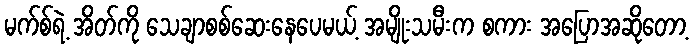
မက်စ်ရဲ့ အိတ်ကို သေချာစစ်ဆေးနေပေမယ့် အမျိုးသမီးက စကား အပြောအဆိုတော့